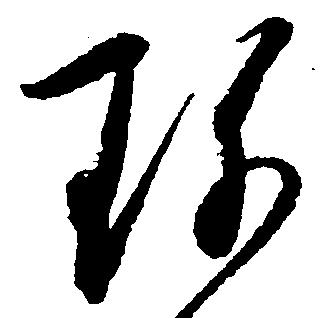
珍